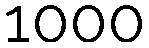
1000